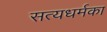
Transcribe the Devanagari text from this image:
सत्यधर्मका